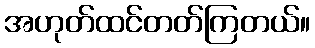
အဟုတ်ထင်တတ်ကြတယ်။